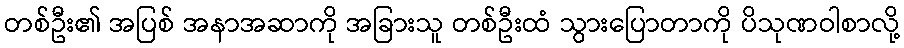
တစ်ဦး၏ အပြစ် အနာအဆာကို အခြားသူ တစ်ဦးထံ သွားပြောတာကို ပိသုဏဝါစာလို့